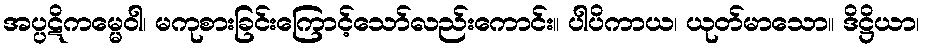
အပ္ပဋိကမ္မေဝါ၊ မကုစားခြင်းကြောင့်သော်လည်းကောင်း။ ပါပိကာယ၊ ယုတ်မာသော။ ဒိဋ္ဌိယာ၊